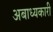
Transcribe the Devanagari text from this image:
अबाध्यकारी